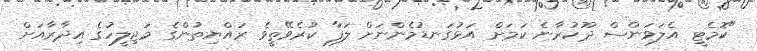
"ކޮމެޓީ އެލަވަންސް ދޫކުރާނެ ކަމަށް އަޅުގަނޑުމެންނަށް ލަފާ ކުރެވޭތީވެ ރައްޔިތުންގެ މަޖިލީހުގެ އިދާރާއަށް